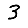
Digit: 3